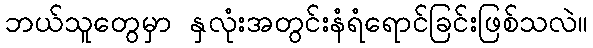
ဘယ်သူတွေမှာ နှလုံးအတွင်းနံရံရောင်ခြင်းဖြစ်သလဲ။